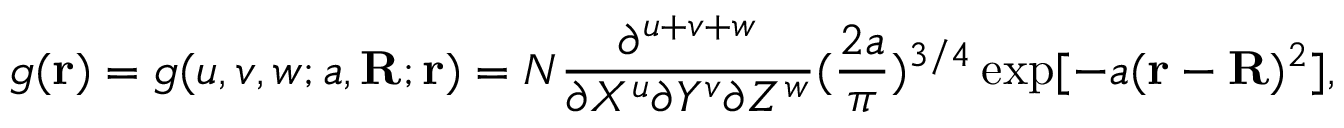
g ( \mathbf { r } ) = g ( u , v , w ; a , \mathbf { R } ; \mathbf { r } ) = N { \frac { \partial ^ { u + v + w } } { \partial X ^ { u } \partial Y ^ { v } \partial Z ^ { w } } } ( { \frac { 2 a } { \pi } } ) ^ { 3 / 4 } \exp [ - a ( \mathbf { r } - \mathbf { R } ) ^ { 2 } ] ,